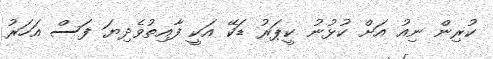
ކުރިން ނިއު އަށް ކުޅުނު ކީޕަރު ޑަކޭ އަކީ ފާއިތުވެދިޔަ ފަސް އަހަރު